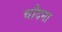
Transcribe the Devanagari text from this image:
चौदना